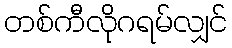
တစ်ကီလိုဂရမ်လျှင်